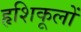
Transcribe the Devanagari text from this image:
हृशिकूलों